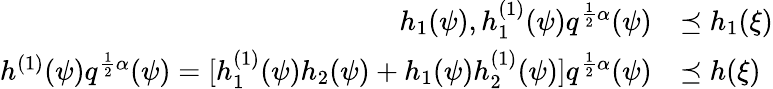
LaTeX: \begin{array}{rl}{h_{1}(\psi),h_{1}^{(1)}(\psi)q^{\frac{1}{2}\alpha}(\psi)}&{\preceq h_{1}(\xi)}\\ {h^{(1)}(\psi)q^{\frac{1}{2}\alpha}(\psi)=[h_{1}^{(1)}(\psi)h_{2}(\psi)+h_{1}(\psi)h_{2}^{(1)}(\psi)]q^{\frac{1}{2}\alpha}(\psi)}&{\preceq h(\xi)}\end{array}